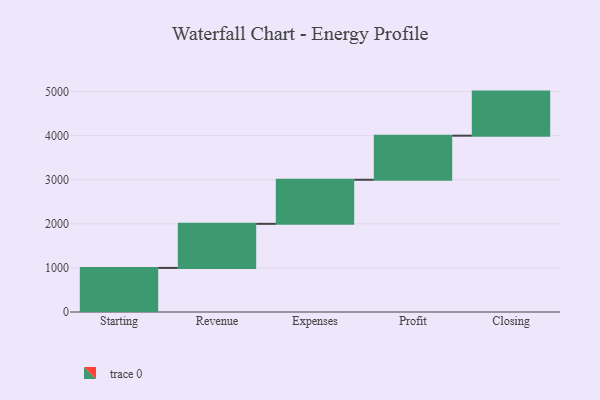
{"axis": {"x": "Step", "y": "Value"}, "legend": [""], "data": [{"x": "Starting", "y": 1000, "type": ""}, {"x": "Revenue", "y": 1000, "type": ""}, {"x": "Expenses", "y": 1000, "type": ""}, {"x": "Profit", "y": 1000, "type": ""}, {"x": "Closing", "y": 1000, "type": ""}]}